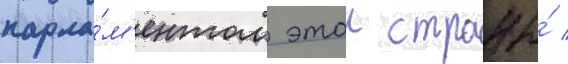
парла́м'ентом этои страны́ /